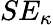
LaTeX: SE_{\kappa}